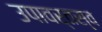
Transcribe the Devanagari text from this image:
उपावर्तस्व